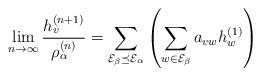
LaTeX: \begin{align*}\lim_{n \rightarrow \infty}\frac{h_{v}^{(n+1)}}{\rho_{\alpha}^{(n)}} =\sum_{\mathcal{E}_{\beta} \preceq \mathcal{E}_{\alpha}} \left(\sum_{w\in \mathcal{E}_{\beta}}a_{vw} h_w^{(1)}\right)\end{align*}